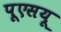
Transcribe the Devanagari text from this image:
पूएसयू